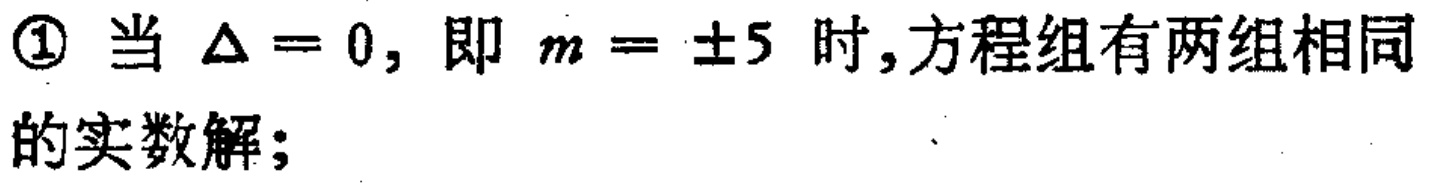
\textcircled{1} 当 $\Delta = 0$, 即 $m = \pm5$ 时,方程组有两组相同的实数解；